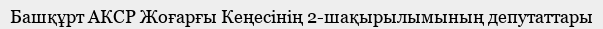
Башқұрт АКСР Жоғарғы Кеңесінің 2-шақырылымының депутаттары